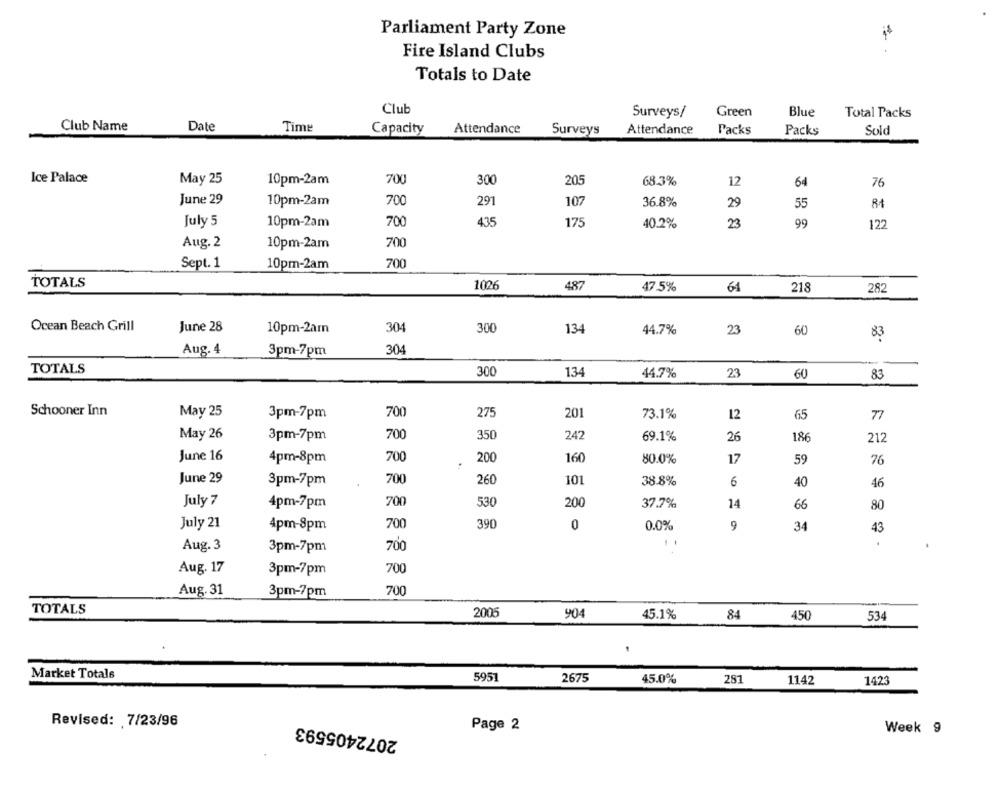
Parliament Party Zone
Fire Island Clubs
Totals to Date
Club
Surveys/
Green
Blue
Total Packs
Club Name
Date
Time
Capacity
Attendance
Surveys
Attendance
Packs
Packs
Sold
Ice Palace
May 25
10pm-2am
700
300
205
68.3%
12
64
76
June 29
10pm-2am
700
291
107
36.8%
29
55
435
July 5
10pm-2am
700
175
40.2%
23
99
122
Aug. 2
10pm-2am
700
Sept. 1
10pm-2am
700
TOTALS
100€
487
47.5%
64
218
282
Ocean Beach Grill
June 28
10pm-2am
304
300
134
44.7%
23
60
83
304
Aug. 4
3pm-7pm
TOTALS
300
134
44.7%
23
60
83
Schooner Inn
May 25
3pm-7pm
700
275
201
73.1%
12
65
77
May 26
700
350
242
3pm-7pm
69.1%
26
186
212
June 16
4pm-8pm
700
200
160
80.0%
17
59
76
June 29
3pm-7pm
700
260
101
38.8%
6
40
46
July 7
4pm-7pm
700
530
200
37.7%
14
66
80
July 21
4pm-8pm
700
390
0
0.0%
9
34
43
Aug. 3
700
3pm-7pm
Aug. 17
3pm-7pm
700
Aug. 31
3pm-7pm
700
TOTALS
2005
904
45.1%
84
450
534
Market Totals
5951
2675
45.0%
281
1423
1142
2072405593
Revised: 7/23/96
Page 2
Week 9